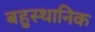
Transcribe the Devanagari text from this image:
बहुस्थानिक